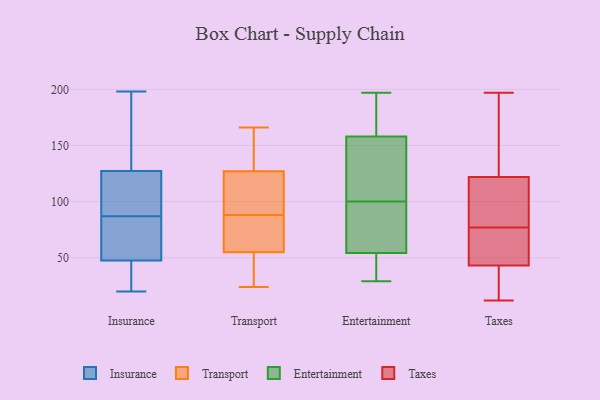
{"axis": {"x": "Demand Index", "y": "Value"}, "legend": ["Entertainment", "Insurance", "Taxes", "Transport"], "data": [{"x": "", "y": 42, "type": "Insurance"}, {"x": "", "y": 25, "type": "Insurance"}, {"x": "", "y": 180, "type": "Insurance"}, {"x": "", "y": 72, "type": "Insurance"}, {"x": "", "y": 115, "type": "Insurance"}, {"x": "", "y": 198, "type": "Insurance"}, {"x": "", "y": 71, "type": "Insurance"}, {"x": "", "y": 28, "type": "Insurance"}, {"x": "", "y": 93, "type": "Insurance"}, {"x": "", "y": 20, "type": "Insurance"}, {"x": "", "y": 125, "type": "Insurance"}, {"x": "", "y": 87, "type": "Insurance"}, {"x": "", "y": 64, "type": "Insurance"}, {"x": "", "y": 196, "type": "Insurance"}, {"x": "", "y": 41, "type": "Insurance"}, {"x": "", "y": 128, "type": "Insurance"}, {"x": "", "y": 133, "type": "Insurance"}, {"x": "", "y": 109, "type": "Insurance"}, {"x": "", "y": 75, "type": "Insurance"}, {"x": "", "y": 124, "type": "Transport"}, {"x": "", "y": 78, "type": "Transport"}, {"x": "", "y": 24, "type": "Transport"}, {"x": "", "y": 166, "type": "Transport"}, {"x": "", "y": 95, "type": "Transport"}, {"x": "", "y": 33, "type": "Transport"}, {"x": "", "y": 77, "type": "Transport"}, {"x": "", "y": 130, "type": "Transport"}, {"x": "", "y": 113, "type": "Transport"}, {"x": "", "y": 81, "type": "Transport"}, {"x": "", "y": 159, "type": "Transport"}, {"x": "", "y": 33, "type": "Transport"}, {"x": "", "y": 184, "type": "Entertainment"}, {"x": "", "y": 197, "type": "Entertainment"}, {"x": "", "y": 146, "type": "Entertainment"}, {"x": "", "y": 79, "type": "Entertainment"}, {"x": "", "y": 55, "type": "Entertainment"}, {"x": "", "y": 100, "type": "Entertainment"}, {"x": "", "y": 37, "type": "Entertainment"}, {"x": "", "y": 29, "type": "Entertainment"}, {"x": "", "y": 54, "type": "Entertainment"}, {"x": "", "y": 134, "type": "Entertainment"}, {"x": "", "y": 162, "type": "Entertainment"}, {"x": "", "y": 48, "type": "Taxes"}, {"x": "", "y": 42, "type": "Taxes"}, {"x": "", "y": 197, "type": "Taxes"}, {"x": "", "y": 122, "type": "Taxes"}, {"x": "", "y": 43, "type": "Taxes"}, {"x": "", "y": 84, "type": "Taxes"}, {"x": "", "y": 12, "type": "Taxes"}, {"x": "", "y": 70, "type": "Taxes"}, {"x": "", "y": 128, "type": "Taxes"}, {"x": "", "y": 92, "type": "Taxes"}]}